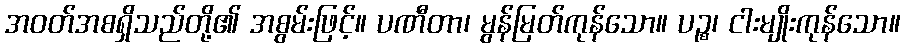
အဝတ်အစရှိသည်တို့၏ အစွမ်းဖြင့်။ ပဏီတာ၊ မွန်မြတ်ကုန်သော။ ပဉ္စ၊ ငါးမျိုးကုန်သော။